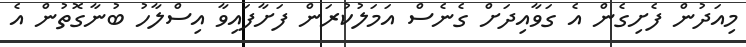
މިއަދުން ފެށިގެން އެ ގަވާއިދަށް ގެނެސް އަމަލުކުރަން ފަށާފައިވާ އިސްލާހު ބުނާގޮތުން އެ